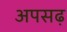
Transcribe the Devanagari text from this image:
अपसढ़